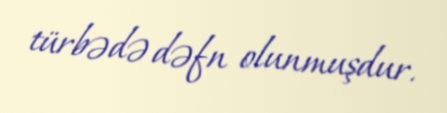
türbədə dəfn olunmuşdur.